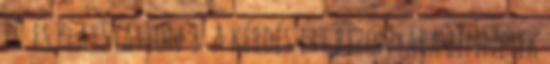
PC és PlayStation 3. A kérdés itt bizonyára bennetek